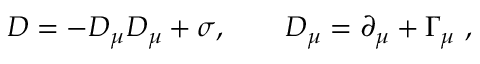
D = - D _ { \mu } D _ { \mu } + \sigma , \qquad D _ { \mu } = \partial _ { \mu } + \Gamma _ { \mu } \ ,